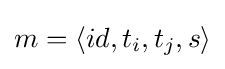
m=\langle id,t_{i},t_{j},s\rangle